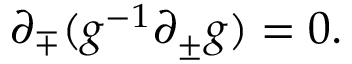
{ \partial } _ { \mp } ( g ^ { - 1 } { \partial } _ { \pm } g ) = 0 .